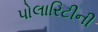
પોલારિટીની